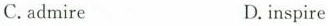
C.admire D.inspire